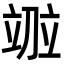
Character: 𫁤